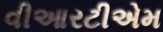
વીઆરટીએમ